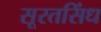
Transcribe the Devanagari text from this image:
सूरतसिंध